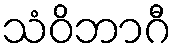
သံဝိဘာဂီ